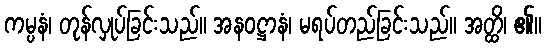
ကမ္ပနံ၊ တုန်လှုပ်ခြင်းသည်။ အနဝဋ္ဌာနံ၊ မရပ်တည်ခြင်းသည်။ အတ္ထိ၊ ၏။